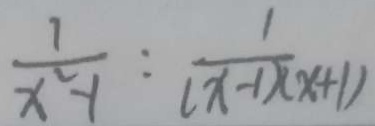
\frac { 1 } { x ^ { 2 } - 1 } : \frac { 1 } { ( x - 1 ) ( x + 1 ) }